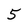
Character: 5